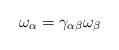
LaTeX: \begin{align*}\omega_\alpha = \gamma_{\alpha\beta} \omega_\beta\end{align*}